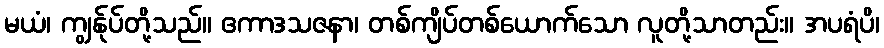
မယံ၊ ကျွန်ုပ်တို့သည်။ ဧကာဒသဇနာ၊ တစ်ကျိပ်တစ်ယောက်သော လူတို့သာတည်း။ အပရံပိ၊